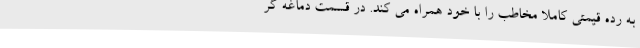
به رده قیمتی کاملا مخاطب را با خود همراه می کند. در قسمت دماغه گر